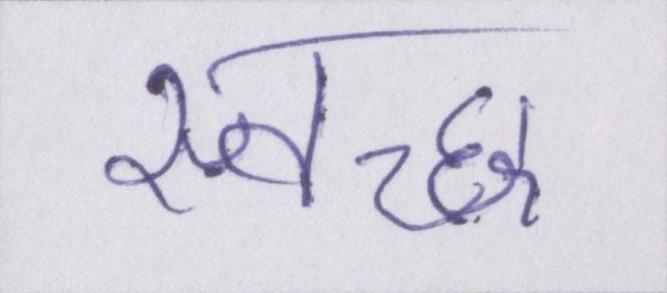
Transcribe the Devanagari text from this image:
स्वच्छ